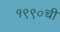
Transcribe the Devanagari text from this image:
१९९०ची